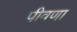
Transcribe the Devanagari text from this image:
पीवणा